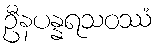
ဦနပန္နရသဝဿံ